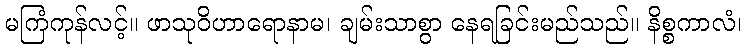
မကြံကုန်လင့်။ ဖာသုဝိဟာရောနာမ၊ ချမ်းသာစွာ နေရခြင်းမည်သည်။ နိစ္စကာလံ၊